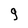
Character: 9